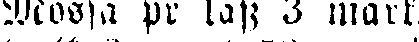
Mossa pr lass 3 mark.